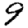
Digit: 9